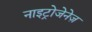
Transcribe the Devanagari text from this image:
नाइट्रोजेनेज़